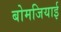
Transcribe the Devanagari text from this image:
बोमजियाई